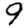
Digit: 9